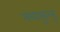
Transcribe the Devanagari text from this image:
नयाकुलू